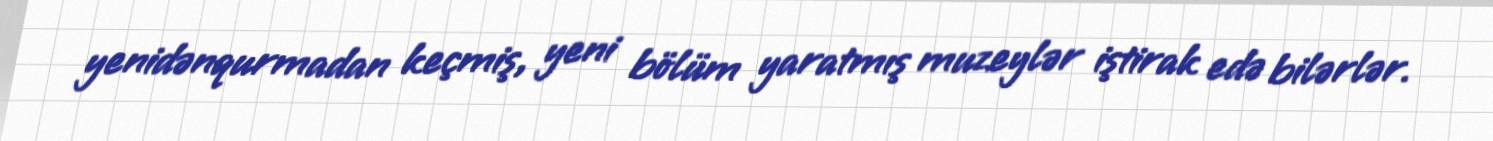
yenidənqurmadan keçmiş, yeni bölüm yaratmış muzeylər iştirak edə bilərlər.